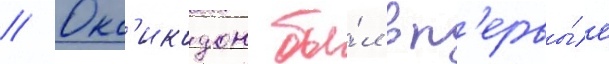
// Окс'икодон бы́л вп'ервы́е